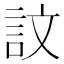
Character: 𫌴